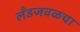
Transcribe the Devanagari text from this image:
लँडजवळचा